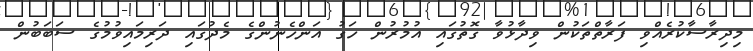
މިދިރާސާކުރެއްވި ފަރާތްތަކުން ވިދާޅުވާ ގޮތުގައި އުމުރުން ހަގު އަންހެނުންގެ މެދުގައި ދަރިމައިވުމުގެ ސަބަބުން